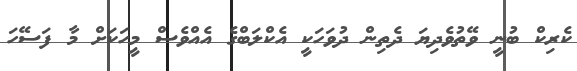
ކެރިކް ބުނީ ވޭތުވެދިޔަ ދެތިން ދުވަހަކީ އެކްލަބްގެ އެއްވެސް މީހަކަށް މާ ފަސޭހަ